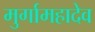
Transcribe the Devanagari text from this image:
मुर्गामहादेव